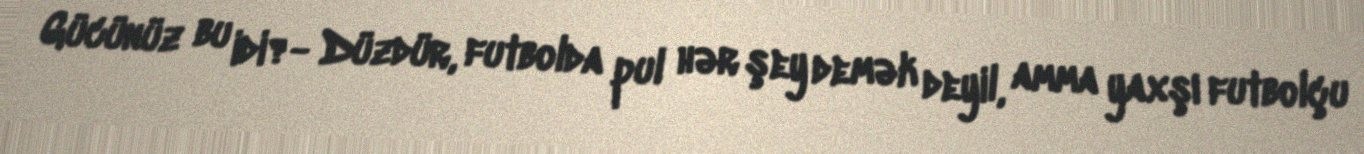
Gücünüz bu idi?- Düzdür, futbolda pul hər şey demək deyil, amma yaxşı futbolçu